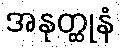
အနုတ္ထုနံ